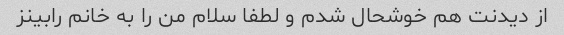
از دیدنت هم خوشحال شدم و لطفا سلام من را به خانم رابینز